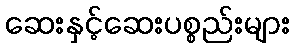
ဆေးနှင့်ဆေးပစ္စည်းများ